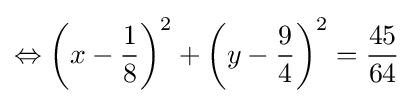
\Leftrightarrow \left(x-{\frac {1}{8}}\right)^{2}+\left(y-{\frac {9}{4}}\right)^{2}={\frac {45}{64}}